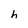
Character: h